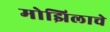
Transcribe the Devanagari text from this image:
मोझिलाचे